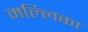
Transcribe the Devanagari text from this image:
मल्‍लिका